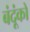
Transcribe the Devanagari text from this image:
बंदूंको